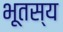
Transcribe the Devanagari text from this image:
भूतस्य